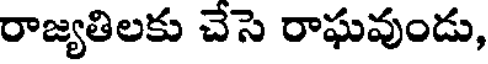
రాజ్యతిలకు చేసె రాఘవుండు,